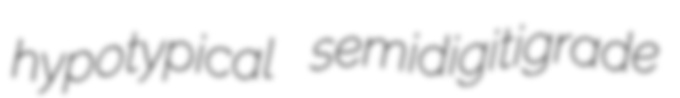
hypotypical semidigitigrade